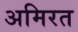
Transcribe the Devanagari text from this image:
अमिरत